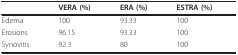
|  | VERA (%) | ERA (%) | ESTRA (%) |
 | --- | --- | --- | --- |
 | Edema | 100 | 93.33 | 100 |
 | Erosions | 96.15 | 93.33 | 100 |
 | Synovitis | 92.3 | 80 | 100 |